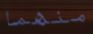
منهما